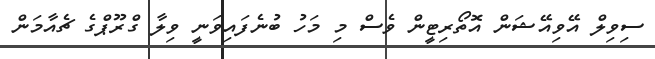
ސިވިލް އޭވިއޭޝަން އޮތޯރިޓީން ވެސް މި މަހު ބުނެފައިވަނީ ވިލާ ގްރޫޕްގެ ޗެއާމަން